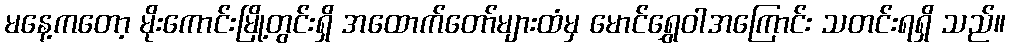
မနေ့ကတော့ မိုးကောင်းမြို့တွင်းရှိ အထောက်တော်များထံမှ မောင်ရွှေဝါအကြောင်း သတင်းရရှိ သည်။